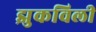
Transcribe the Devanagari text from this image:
झुकविली